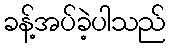
ခန့်အပ်ခဲ့ပါသည်